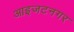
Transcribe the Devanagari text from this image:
आइजटनगर